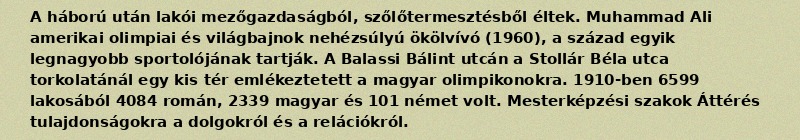
A háború után lakói mezőgazdaságból, szőlőtermesztésből éltek. Muhammad Ali amerikai olimpiai és világbajnok nehézsúlyú ökölvívó (1960), a század egyik legnagyobb sportolójának tartják. A Balassi Bálint utcán a Stollár Béla utca torkolatánál egy kis tér emlékeztetett a magyar olimpikonokra. 1910-ben 6599 lakosából 4084 román, 2339 magyar és 101 német volt. Mesterképzési szakok Áttérés tulajdonságokra a dolgokról és a relációkról.